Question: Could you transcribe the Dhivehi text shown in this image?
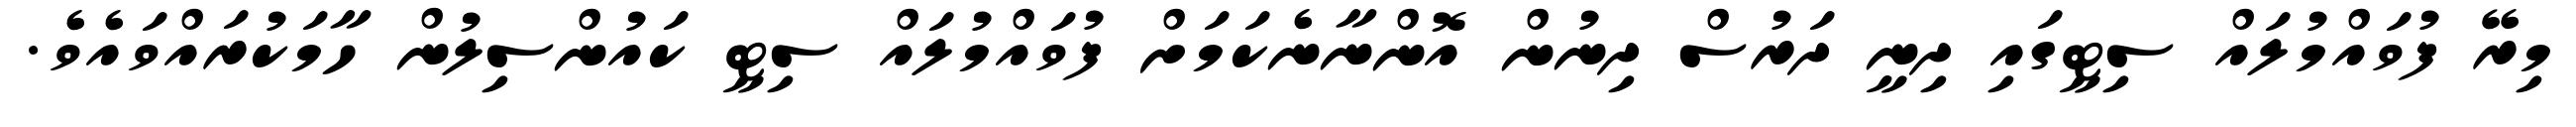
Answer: މިރޭ ފުވައްމުލައް ސިޓީގައި ދިނީ ދަރުސް ދިނުން އޮންނާނެކަމަށް ފުވައްމުލައް ސިޓީ ކައުންސިލުން ހާމަކުރައްވައެވެ.